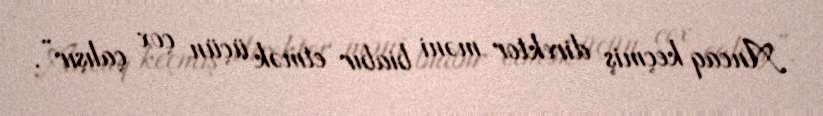
Ancaq keçmiş direktor məni biabır etmək üçün çox çalışır”.